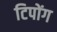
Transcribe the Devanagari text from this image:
टिपोंग